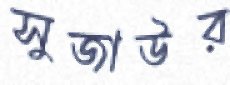
সুজাউর